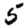
Digit: 5